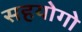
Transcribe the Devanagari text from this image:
सहयोगो